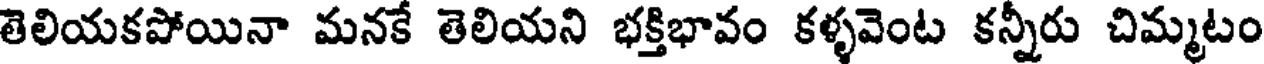
తెలియకపోయినా మనకే తెలియని భక్తిభావం కళ్ళవెంట కన్నీరు చిమ్మటం